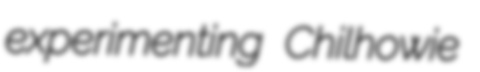
experimenting Chilhowie